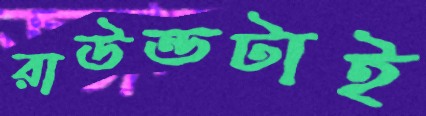
রাউন্ডটাই